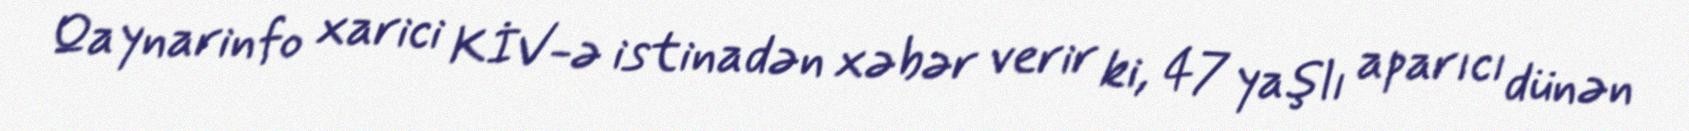
Qaynarinfo xarici KİV-ə istinadən xəbər verir ki, 47 yaşlı aparıcı dünən